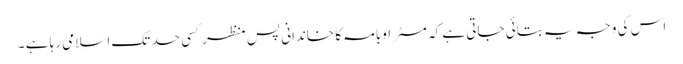
اس کی وجہ یہ بتائی جاتی ہے کہ مسٹر اوبامہ کا خاندانی پس منظر کسی حد تک اسلامی رہا ہے ۔